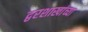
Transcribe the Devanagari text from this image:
द्वरशाखांच्या